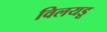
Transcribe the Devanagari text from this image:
विलयडू